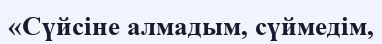
«Сүйсіне алмадым, сүймедім,